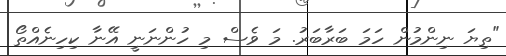
"ތިޔަ ނިންމުން ހަމަ ބަރާބަރު. މަ ވެސް މި ހުންނަނީ އޭނާ ކިހިނެއްތޯ